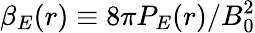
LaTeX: \beta_{E}(r)\equiv 8\pi P_{E}(r)/B_{0}^{2}